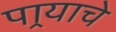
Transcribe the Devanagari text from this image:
पार्‍याचे